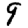
Digit: 9